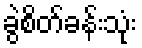
ခွဲစိတ်ခန်းသုံး